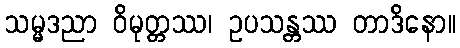
သမ္မဒညာ ဝိမုတ္တဿ၊ ဥပသန္တဿ တာဒိနော။